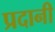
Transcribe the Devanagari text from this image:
प्रदानी